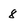
Character: 8